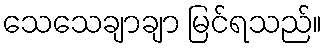
သေသေချာချာ မြင်ရသည်။